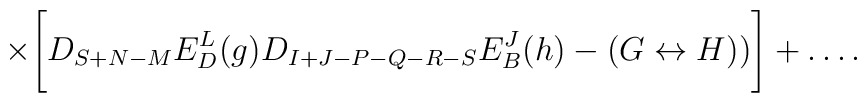
\times\Biggl[D_{S+N-M}E^L_D(g)D_{I+J-P-Q-R-S}E^J_B(h)-(G \leftrightarrow H))\Biggr] +\ldots.